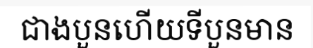
ជាងបួនហើយទីបួនមាន